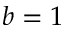
b = 1